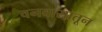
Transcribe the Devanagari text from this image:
वनवासातून